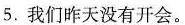
5.我们昨天没有开会。